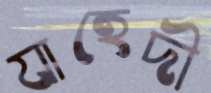
যাহেদী